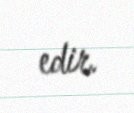
edir.